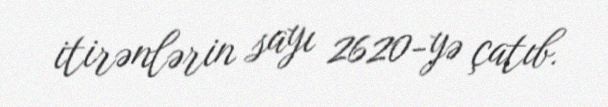
itirənlərin sayı 2620-yə çatıb.